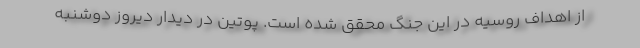
از اهداف روسیه در این جنگ محقق شده است. پوتین در دیدار دیروز دوشنبه